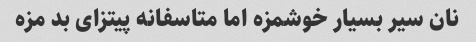
نان سیر بسیار خوشمزه اما متاسفانه پیتزای بد مزه